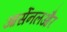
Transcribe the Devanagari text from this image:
आर्सेनलऔर